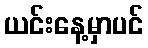
ယင်းနေ့မှာပင်